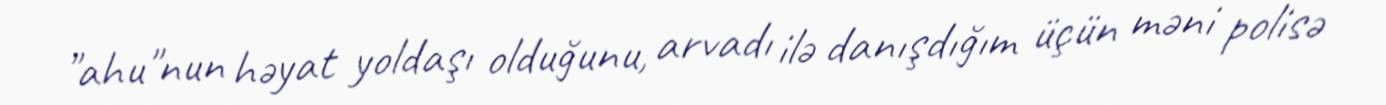
"ahu"nun həyat yoldaşı olduğunu, arvadı ilə danışdığım üçün məni polisə